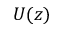
U ( z )